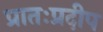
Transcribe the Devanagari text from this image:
प्रातःप्रदीप